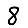
Digit: 8